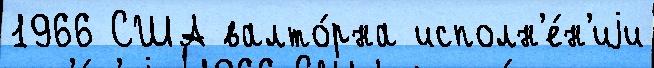
1966 США валто́рна исполн'е́н'иjи